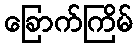
ခြောက်ကြိမ်